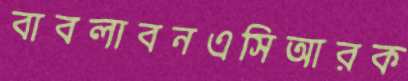
বাবলাবনএসিআরক